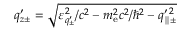
\begin{array} { r } { q _ { z \pm } ^ { \prime } = \sqrt { \varepsilon _ { q _ { \pm } ^ { \prime } } ^ { 2 } / c ^ { 2 } - m _ { \mathrm { e } } ^ { 2 } c ^ { 2 } / \hbar ^ { 2 } - q _ { \parallel \pm } ^ { \prime \, 2 } } } \end{array}